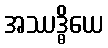
အဿဒ္ဓိယေ